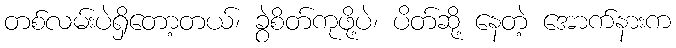
တစ်လမ်းပဲရှိတော့တယ်၊ ခွဲစိတ်ကုဖို့ပဲ၊ ပိတ်ဆို့ နေတဲ့ အောက်နားက